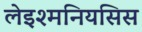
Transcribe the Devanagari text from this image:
लेइश्मनियसिस